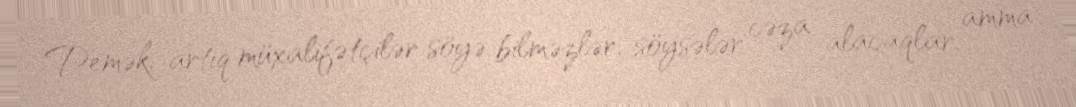
Demək, artıq müxalifətçilər söyə bilməzlər, söysələr cəza alacaqlar, amma